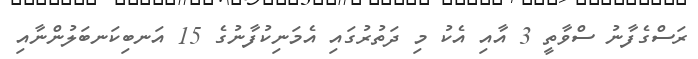
ރަސްގެފާނު ސްވާތީ 3 އާއި އެކު މި ދަތުރުގައި އެމަނިކުފާނުގެ 15 އަނބިކަނބަލުންނާއި